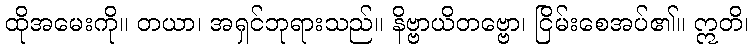
ထိုအမေးကို။ တယာ၊ အရှင်ဘုရားသည်။ နိဗ္ဗာယိတဗ္ဗော၊ ငြိမ်းစေအပ်၏။ ဣတိ၊